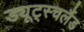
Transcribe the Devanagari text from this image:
ड्यूट्स्चलैंड